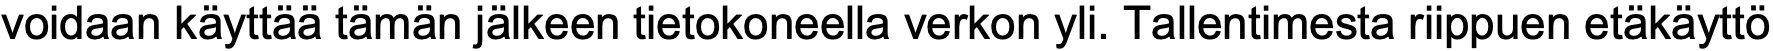
voidaan käyttää tämän jälkeen tietokoneella verkon yli. Tallentimesta riippuen etäkäyttö